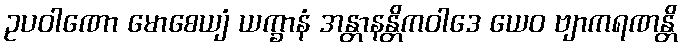
ဥပဝါဏော မောစေယျံ ယက္ခာနံ အန္တာနန္တိကဝါဒေ ယေဝ ဗျာကရဏန္တိ